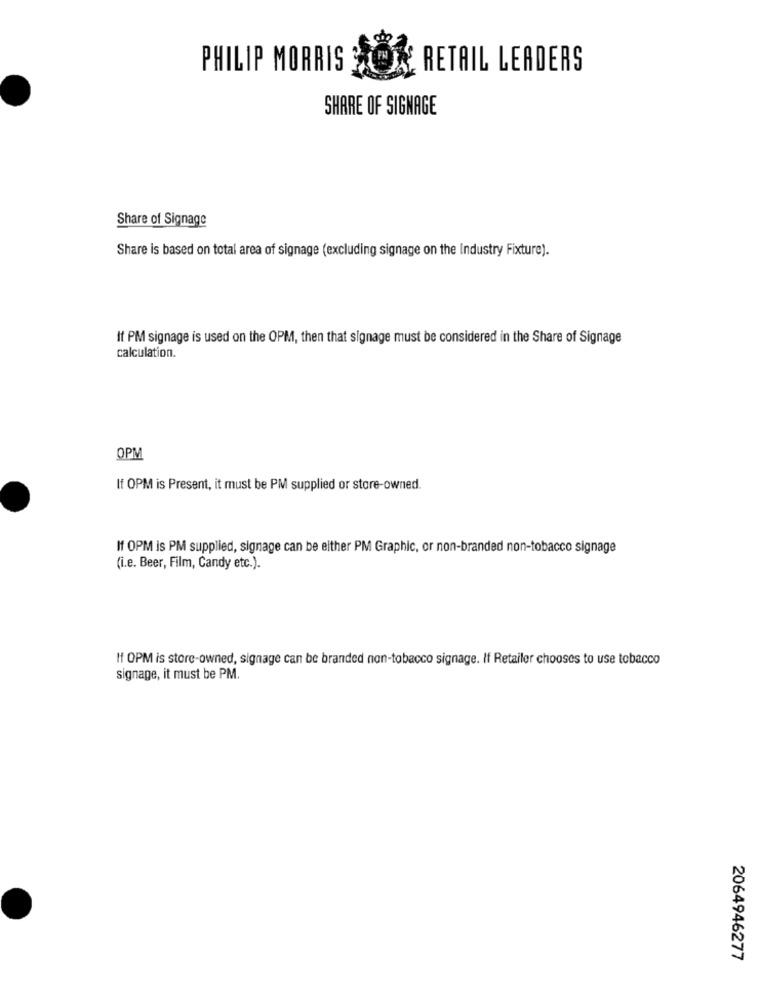
PHILIP MORRIS
RETAIL LEADERS
SHARE OF SIGNAGE
Share of Signage
Share is based on total area of signage (excluding signage on the Industry Fixture).
If PM signage is used on the OPM, then that signage must be considered in the Share of Signage
calculation.
0PM
If OPM is Present, it must be PM supplied or store-owned.
If OPM is PM supplied, signage can be either PM Graphic, or non-branded non-tobacco signage
(i.e. Beer, Film, Candy etc.).
If OPM is store-owned, signage can be branded non-tobacco signage. If Retailer chooses to use tobacco
signage, it must be PM.
2064946277